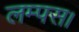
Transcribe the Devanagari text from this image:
लम्पस।